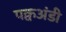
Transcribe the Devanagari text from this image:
पक्वअंडी